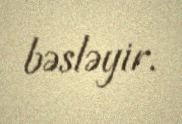
bəsləyir.